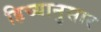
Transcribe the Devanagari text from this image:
हिच्यानुसार